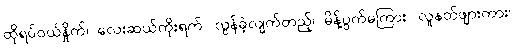
ထိုရပ်ဝယ်နှိုက်၊ လေးဆယ်ကိုးရက်၊ လွန်ခဲ့လျက်တည့်၊ မိန့်ပွက်မကြား၊ လူနတ်ဖျားကား၊